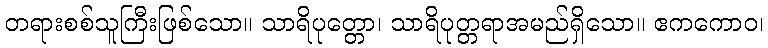
တရားစစ်သူကြီးဖြစ်သော။ သာရိပုတ္တော၊ သာရိပုတ္တရာအမည်ရှိသော။ ဧကကောဝ၊